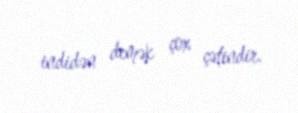
indidən demək çox çətindir.